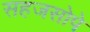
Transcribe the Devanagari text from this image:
सहजसोपे